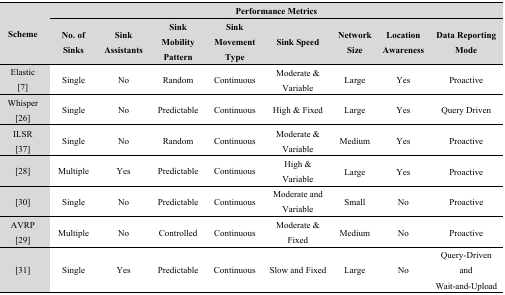
| <ROWSPAN=2> Scheme | <COLSPAN=8> Performance Metrics |
 | No. of Sinks | Sink Assistants | Sink Mobility Pattern | Sink Movement Type | Sink Speed | Network Size | Location Awareness | Data Reporting Mode |
 | --- | --- | --- | --- | --- | --- | --- | --- | --- |
 | Elastic [7] | Single | No | Random | Continuous | Moderate & Variable | Large | Yes | Proactive |
 | Whisper [26] | Single | No | Predictable | Continuous | High & Fixed | Large | Yes | Query Driven |
 | ILSR [37] | Single | No | Random | Continuous | Moderate & Variable | Medium | Yes | Proactive |
 | [28] | Multiple | Yes | Predictable | Continuous | High & Variable | Large | Yes | Proactive |
 | [30] | Single | No | Predictable | Continuous | Moderate and Variable | Small | No | Proactive |
 | AVRP [29] | Multiple | No | Controlled | Continuous | Moderate & Fixed | Medium | No | Proactive |
 | [31] | Single | Yes | Predictable | Continuous | Slow and Fixed | Large | No | Query-Driven and Wait-and-Upload |